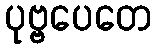
ပုဗ္ဗပေတေ